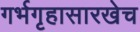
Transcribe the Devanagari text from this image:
गर्भगृहासारखेच